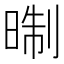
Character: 㫼